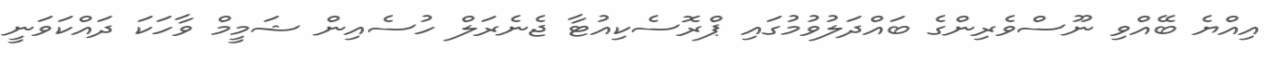
އިއްޔެ ބޭއްވި ނޫސްވެރިންގެ ބައްދަލުވުމުގައި ޕްރޮސެކިއުޓާ ޖެނެރަލް ހުސެއިން ޝަމީމް ވާހަަކަ ދައްކަވަނީ